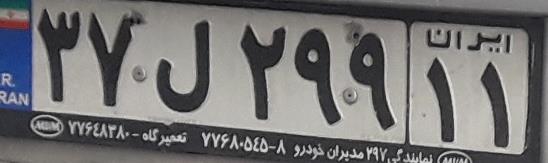
۳۷ل۲۹۹۱۱